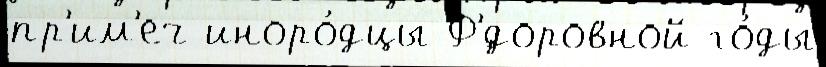
пр'им'еч иноро́дцы Ф'́доровной го́ды